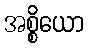
အစ္စိယော